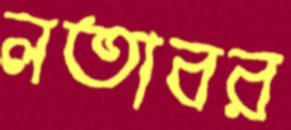
লতাবর